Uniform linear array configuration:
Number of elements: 32
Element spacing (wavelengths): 0.75
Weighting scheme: kaiser
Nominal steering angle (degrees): -45
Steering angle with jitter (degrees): -45.947
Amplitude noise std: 0.05
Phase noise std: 0.05

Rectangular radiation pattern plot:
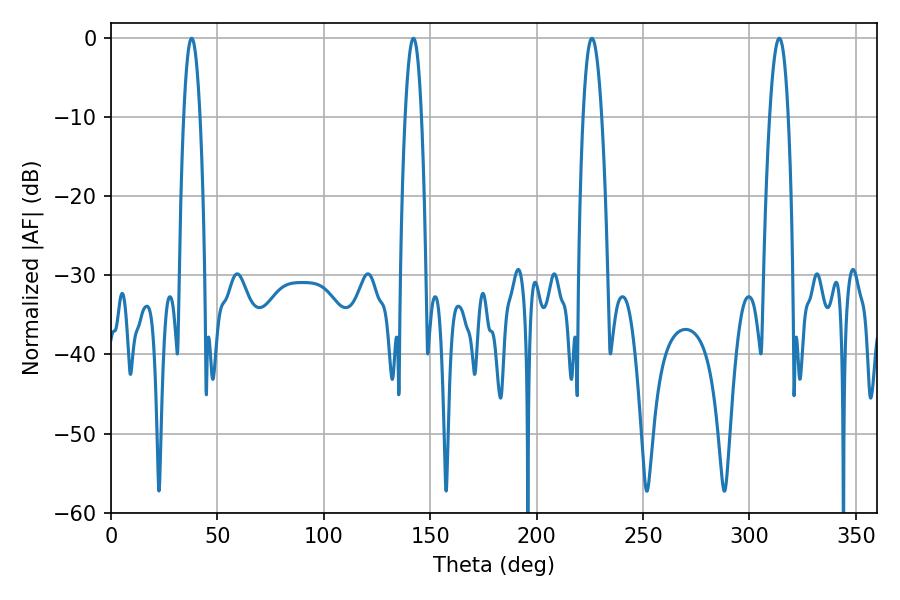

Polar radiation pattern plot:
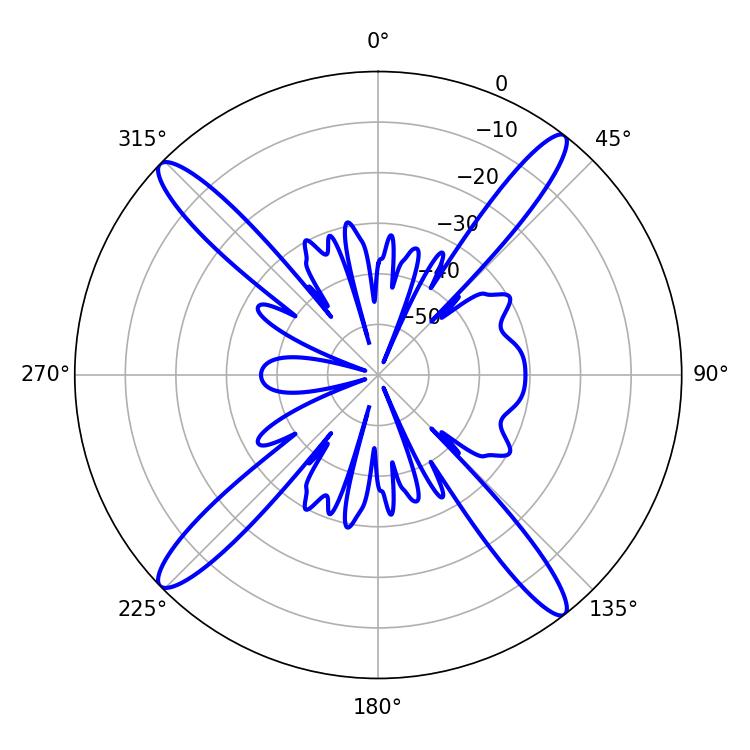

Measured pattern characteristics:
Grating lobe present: TRUE
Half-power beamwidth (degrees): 4.68
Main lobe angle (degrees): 225.9